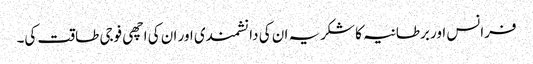
فرانس اور برطانیہ کا شکریہ ان کی دانشمندی اور ان کی اچھی فوجی طاقت کی۔